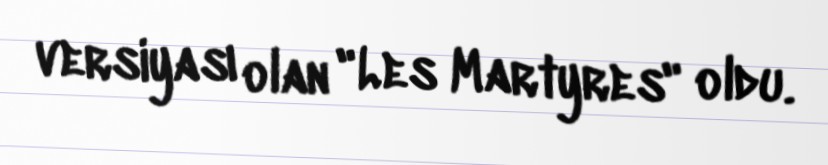
versiyası olan "Les Martyres" oldu.